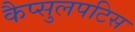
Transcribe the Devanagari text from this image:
कैप्सुलपटिस